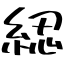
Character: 綛